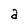
Character: a